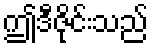
ဤဒီဇိုင်းသည်